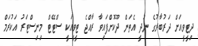
ދިޓީވީއަށް ދަރުބާރުގެ ނުދީ އެތަން ދޫކޮށްފައިވާ ރާއްޖެ ޓީވީއަކީ ސްޓޭޓް މިނިސްޓަރު އަކުރަމް